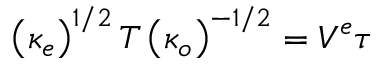
\left( \kappa _ { e } \right) ^ { 1 / 2 } T \left( \kappa _ { o } \right) ^ { - 1 / 2 } = V ^ { e } \tau